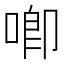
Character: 喞